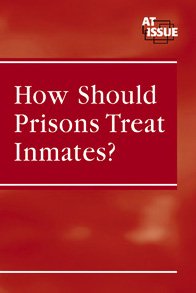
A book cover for How Should Prisons Treat Inmates? (At Issue Series); Kristen Bailey; Teen & Young Adult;